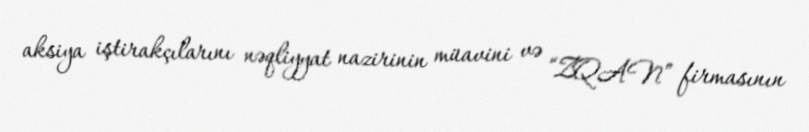
aksiya iştirakçılarını nəqliyyat nazirinin müavini və “ZQAN” firmasının